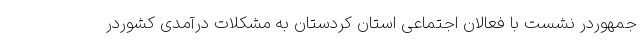
جمهوردر نشست با فعالان اجتماعی استان کردستان به مشکلات درآمدی کشوردر